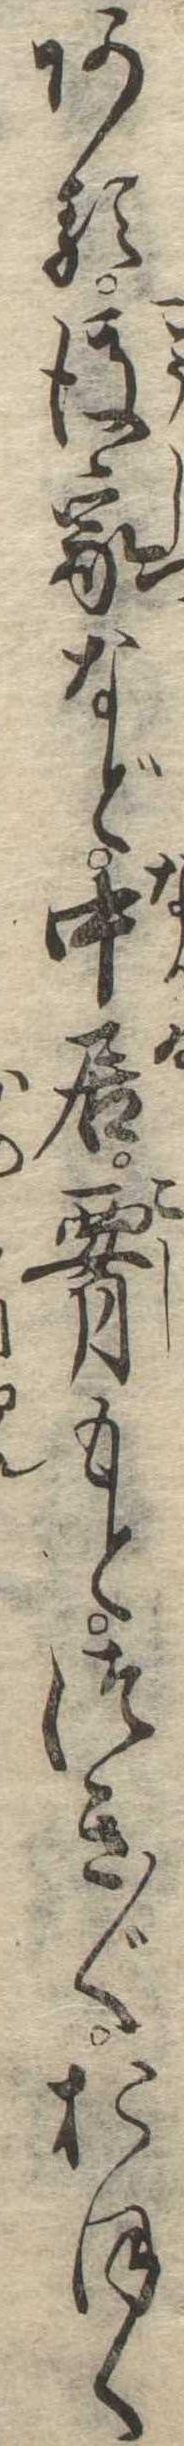
ある後室など中居腰もとつき〱おほく